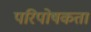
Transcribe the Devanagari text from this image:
परिपोषकता